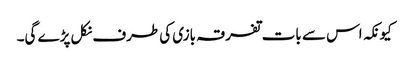
کیونکہ اس سے بات تفرقہ بازی کی طرف نکل پڑے گی۔